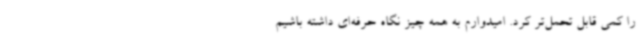
را کمی قابل تحمل‌تر کرد. امیدوارم به همه چیز نگاه حرفه‌ای داشته باشیم